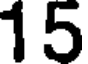
15